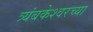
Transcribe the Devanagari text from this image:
त्र्यंबकेश्वरच्या